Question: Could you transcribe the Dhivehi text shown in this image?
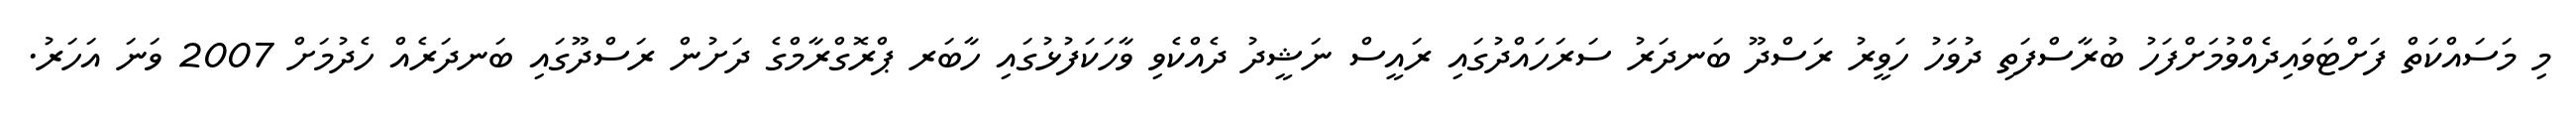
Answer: މި މަސައްކަތް ފަށްޓަވައިދެއްވުމަށްފަހު ބުރާސްފަތި ދުވަހު ހަވީރު ރަސްދޫ ބަނދަރު ސަރަހައްދުގައި ރައީސް ނަޝީދު ދެއްކެވި ވާހަކަފުޅުގައި ހާބަރ ޕްރޮގްރާމްގެ ދަށުން ރަސްދޫގައި ބަނދަރެއް ހެދުމަށް 2007 ވަނަ އަހަރު.